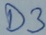
Text: D3